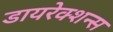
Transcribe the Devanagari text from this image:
डायरेक्शन्स